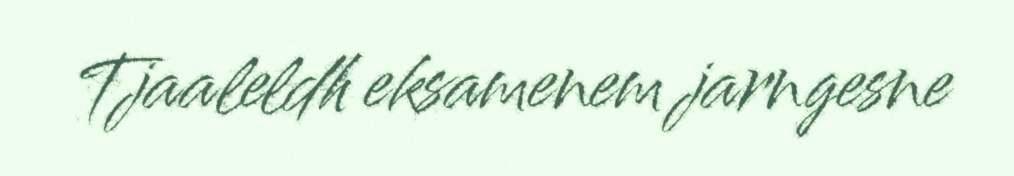
Tjaaleldh eksamenem jarngesne